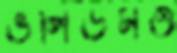
ভলিউমও